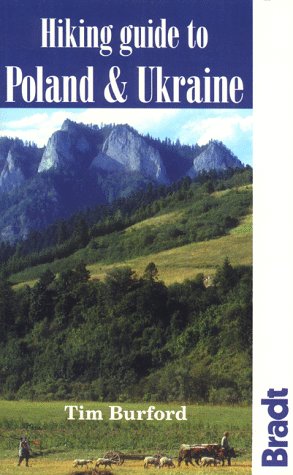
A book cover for Hiking Guide to Poland & Ukraine (Bradt Hiking Guides Series); Tim Burford; Travel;